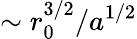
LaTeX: \sim r_{0}^{3/2}/a^{1/2}